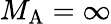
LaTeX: {M_{\mathrm{A}}}=\infty